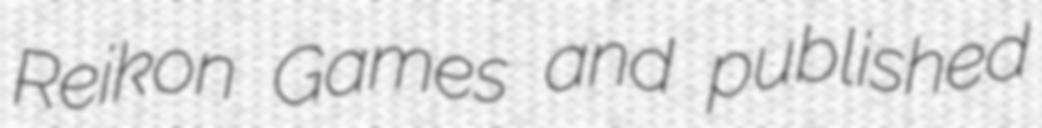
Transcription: Reikon Games and published